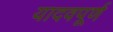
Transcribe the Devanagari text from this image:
यादवपूर्ण